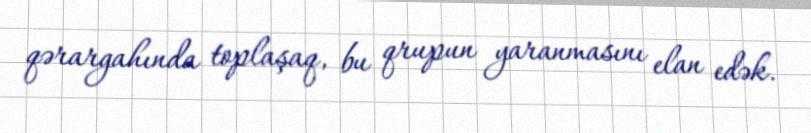
qərargahında toplaşaq, bu qrupun yaranmasını elan edək.